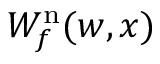
W _ { f } ^ { \mathrm { n } } ( w , x )